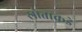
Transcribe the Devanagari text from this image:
स्रोताकडे